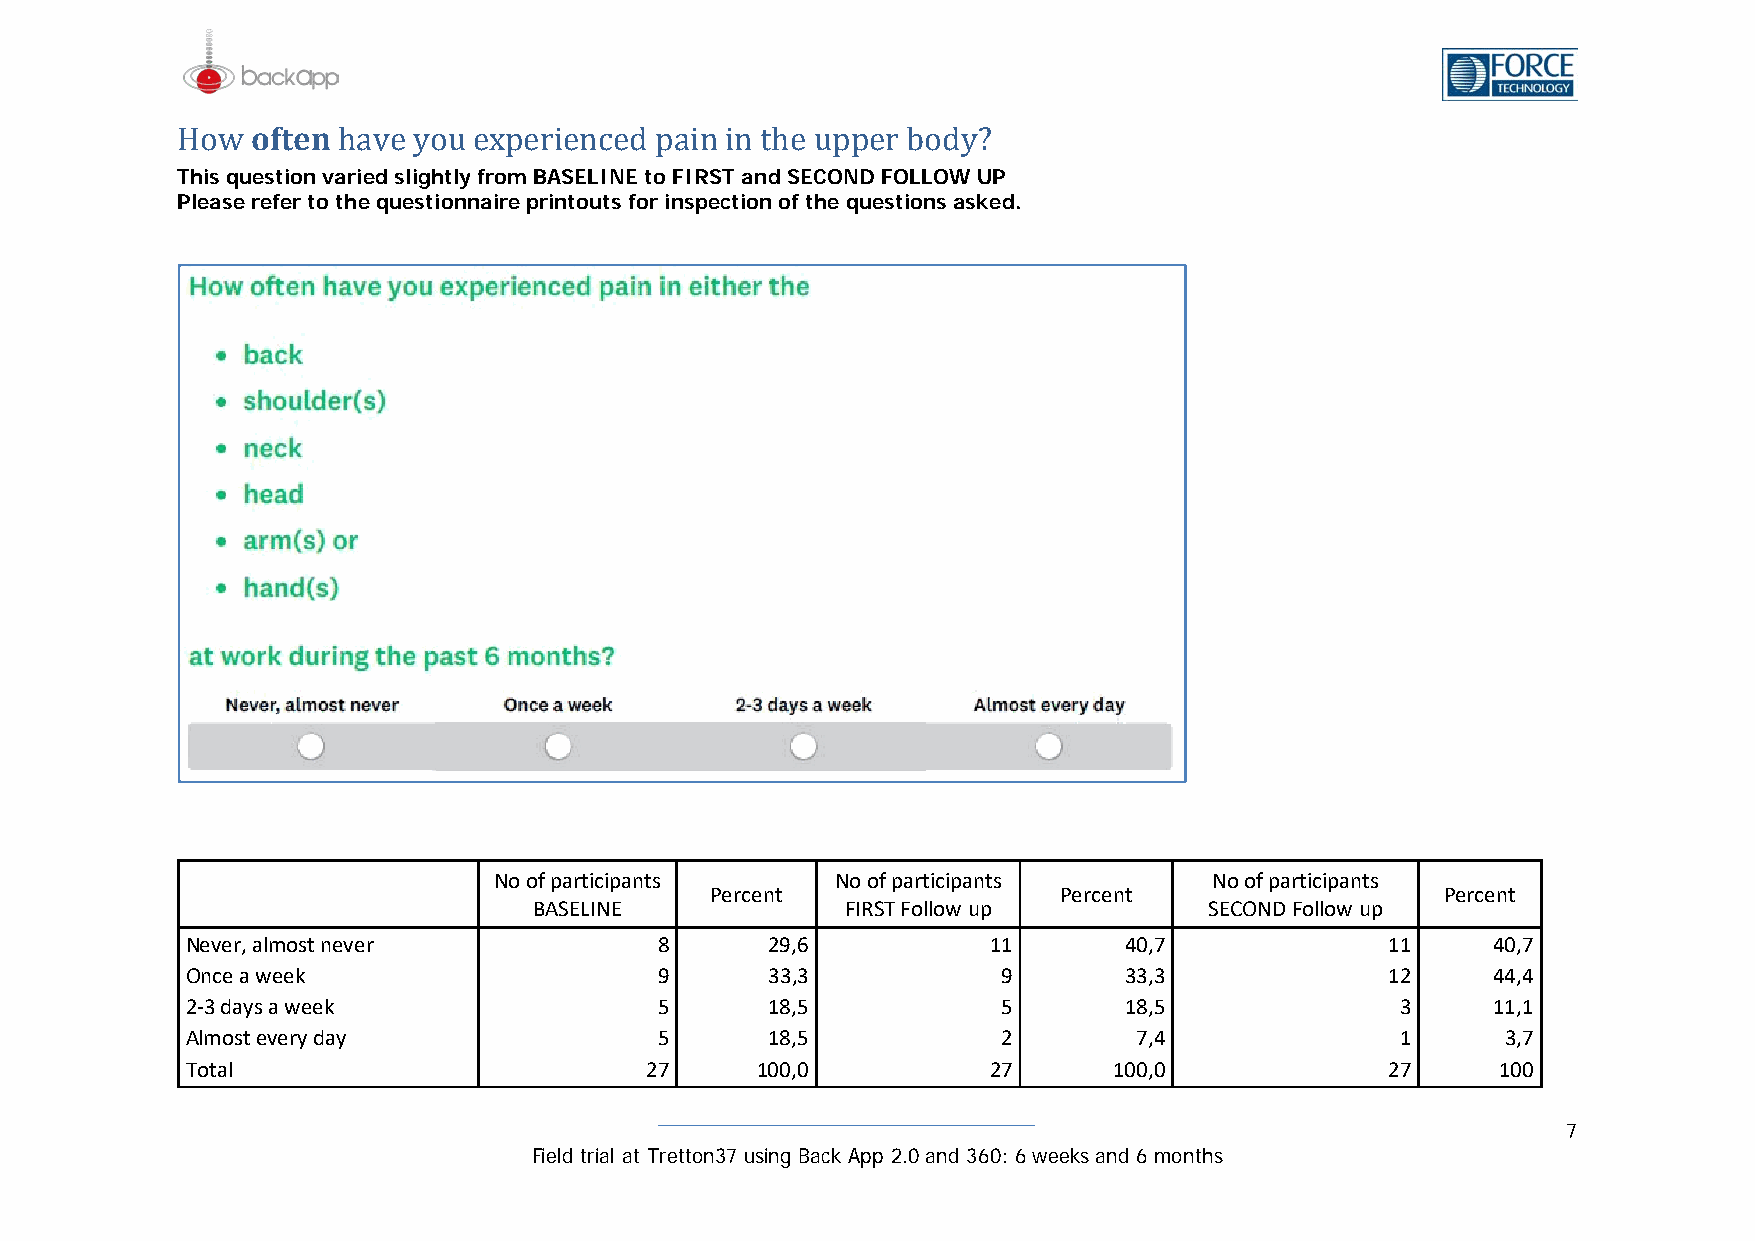
often
 This question varied slightly from BASELINE to FIRST and SECOND FOLLOW UP
 PHleoawse refer to thhae vquee ystoioun neaxirpe eprriinetonuctse fdo rp inasipne citnio nth oef t uhep qpueesrt ibonosd aysk?e d.
 No of participants    No of participants       No of participants
 Percent                Percent                   Percent
 BASELINE             FIRST Follow up         SECOND Follow up
 Never, almost never             8      29,6          11       40,7              11     40,7
 Once a week                     9      33,3           9       33,3              12     44,4
 2-3 days a week                 5      18,5           5       18,5               3     11,1
 Almost every day                5      18,5           2        7,4               1      3,7
 Total                          27     100,0          27       100,0             27     100
 7
 Field trial at Tretton37 using Back App 2.0 and 360: 6 weeks and 6 months